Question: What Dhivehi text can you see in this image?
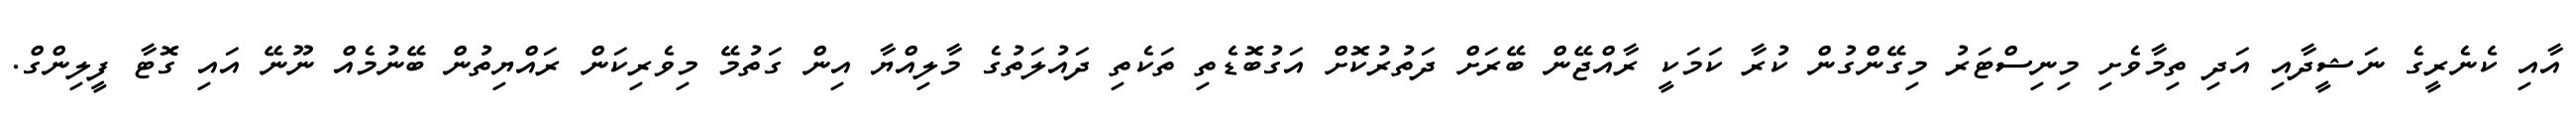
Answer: އާއި ކެނެރީގެ ނަޝީދާއި އަދި ތިމާވެށި މިނިސްޓަރު މިގޭންގުން ކުރާ ކަމަކީ ރާއްޖޭން ބޭރަށް ދަތުރުކޮށް އަގުބޮޑެތި ތަކެތި ދައުލަތުގެ މާލިއްޔާ އިން ގަތުމޭ މިވެރިކަން ރައްޔިތުން ބޭނުމެއް ނޫނޭ އައި ގޮޓާ ފީލިންގް.